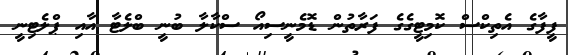
ފީފާގެ އެތިކްސް ކޮމިޓީގެގެ ފަރާތުން ޑޮމެނީސިއޯ ސްކާލާ ބުނީ ބްލެޓާ އާއި ޕްލެޓިނީ